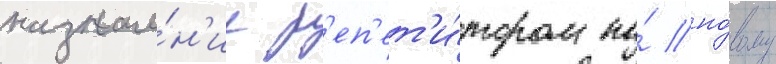
назначе́н'ие р'еп'ет'и́тором по́ но́вому